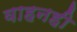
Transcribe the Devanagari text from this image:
वाहनही